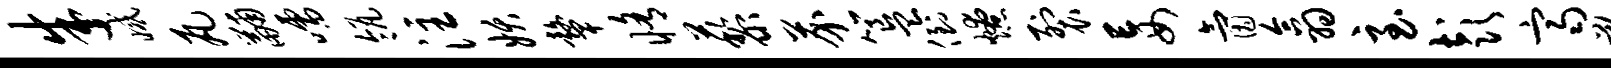
朱减瓦黼嚅瓴注妖鼙修藜芥簋倒燎裂妄氤翕至彭齐鞠